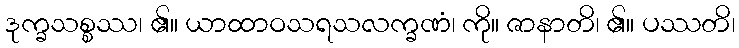
ဒုက္ခသစ္စဿ၊ ၏။ ယာထာဝသရသလက္ခဏံ၊ ကို။ ဇာနာတိ၊ ၏။ ပဿတိ၊